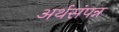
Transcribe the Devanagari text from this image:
अर्थसंपन्न